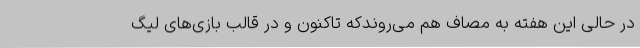
در حالی این هفته به مصاف هم می‌روندکه تاکنون و در قالب بازی‌های لیگ